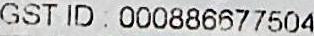
GST ID : 000886677504